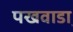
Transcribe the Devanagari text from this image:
पखवाडा़